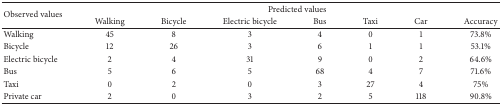
<table><thead><tr><td rowspan="2"><b>Observed values</b></td><td colspan="7"><b>Predicted values</b></td></tr><tr><td><b>Walking</b></td><td><b>Bicycle</b></td><td><b>Electric bicycle</b></td><td><b>Bus</b></td><td><b>Taxi</b></td><td><b>Car</b></td><td><b>Accuracy</b></td></tr></thead><tbody><tr><td>Walking</td><td>45</td><td>8</td><td>3</td><td>4</td><td>0</td><td>1</td><td>73.8%</td></tr><tr><td>Bicycle</td><td>12</td><td>26</td><td>3</td><td>6</td><td>1</td><td>1</td><td>53.1%</td></tr><tr><td>Electric bicycle</td><td>2</td><td>4</td><td>31</td><td>9</td><td>0</td><td>2</td><td>64.6%</td></tr><tr><td>Bus</td><td>5</td><td>6</td><td>5</td><td>68</td><td>4</td><td>7</td><td>71.6%</td></tr><tr><td>Taxi</td><td>0</td><td>2</td><td>0</td><td>3</td><td>27</td><td>4</td><td>75%</td></tr><tr><td>Private car</td><td>2</td><td>0</td><td>3</td><td>2</td><td>5</td><td>118</td><td>90.8%</td></tr></tbody></table>